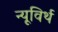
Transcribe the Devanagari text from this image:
न्यूविर्थ